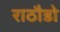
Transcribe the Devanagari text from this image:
राठौडो